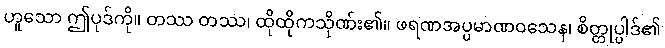
ဟူသော ဤပုဒ်ကို။ တဿ တဿ၊ ထိုထိုကသိုဏ်း၏။ ဖရဏအပ္ပမာဏဝသေန၊ စိတ္တုပ္ပါဒ်၏